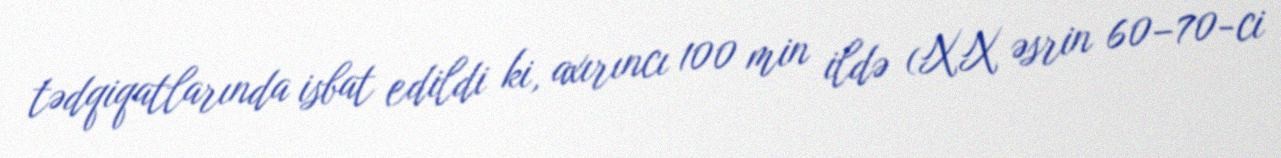
tədqiqatlarında isbat edildi ki, axırıncı 100 min ildə (XX əsrin 60–70-ci